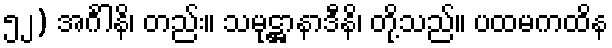
၅၂) အင်္ဂါနိ၊ တည်း။ သမုဋ္ဌာနာဒီနိ၊ တို့သည်။ ပထမကထိန